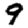
Digit: 9